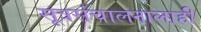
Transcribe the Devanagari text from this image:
सूत्रसंचालनालाही